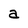
Character: a